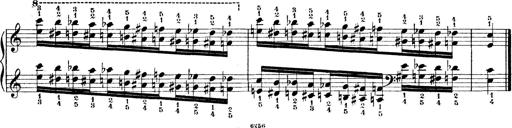
Title: Technische Studien
Composer: Franz Liszt